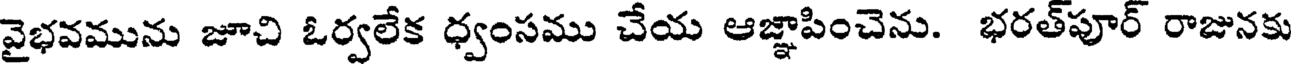
వైభవమును జూచి ఓర్వలేక ధ్వంసము చేయ ఆజ్ఞాపించెను. భరత్పూర్ రాజునకు